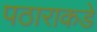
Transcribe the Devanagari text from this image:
पठाराकडे